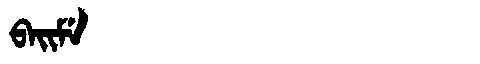
Manchu: ᠪᠠᡳᠮᡝ
Romanization: BAIME